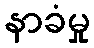
နာခံမှု